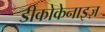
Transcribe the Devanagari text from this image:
डीकोकेनाइज़